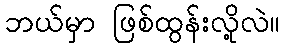
ဘယ်မှာ ဖြစ်ထွန်းလို့လဲ။